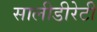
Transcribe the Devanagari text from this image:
सालीडीरेटी